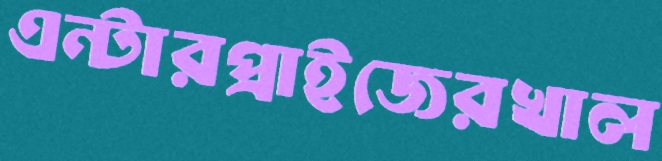
এন্টারপ্রাইজেরখাল